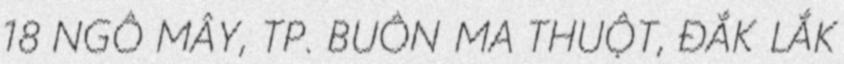
18 NGÔ MÂY, TP. BUÔN MA THUỘT, ĐẮK LẮK